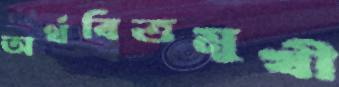
অর্থবিত্তমুখী